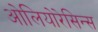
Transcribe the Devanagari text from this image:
ओलियोरेसिन्स